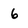
Character: 6